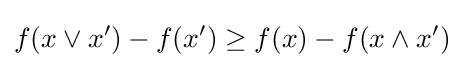
f(x\vee x')-f(x')\geq f(x)-f(x\wedge x')